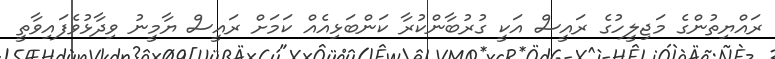
ރައްޔިތުންގެ މަޖިލީހުގެ ރައީސް އަކީ ގުރުބާންކުރާ ކަންބަޅިއެއް ކަމަށް ރައީސް ޔާމީނު ވިދާޅުވެފައިވާތީ